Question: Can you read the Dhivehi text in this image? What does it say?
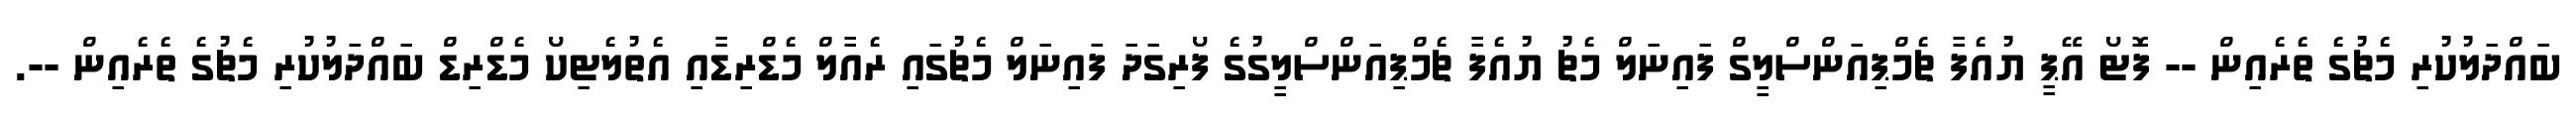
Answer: ބައްދަލުކުރި މެޗުގެ ތެރެއިން -- ފޮޓޯ އޭޕީ ޔުއެފާ ޗެމްޕިއަންސްލީގް ފައިނަލް މެޗު ޔުއެފާ ޗެމްޕިއަންސްލީގުގެ ފޯރިގަދަ ފައިނަލް މެޗުގައި ރެއާލް މެޑްރިޑާއި އެތުލެޓިކޯ މެޑްރިޑް ބައްދަލުކުރި މެޗުގެ ތެރެއިން --.